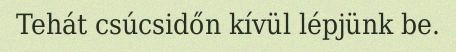
Tehát csúcsidőn kívül lépjünk be.